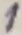
Text: 1